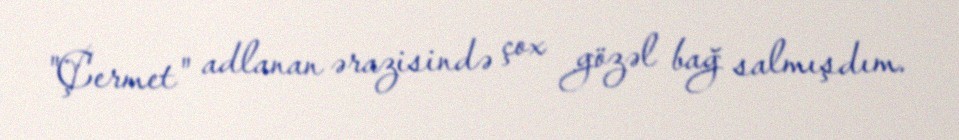
"Çermet" adlanan ərazisində çox gözəl bağ salmışdım.